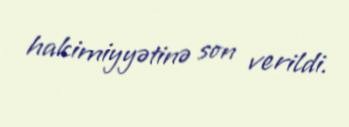
hakimiyyətinə son verildi.